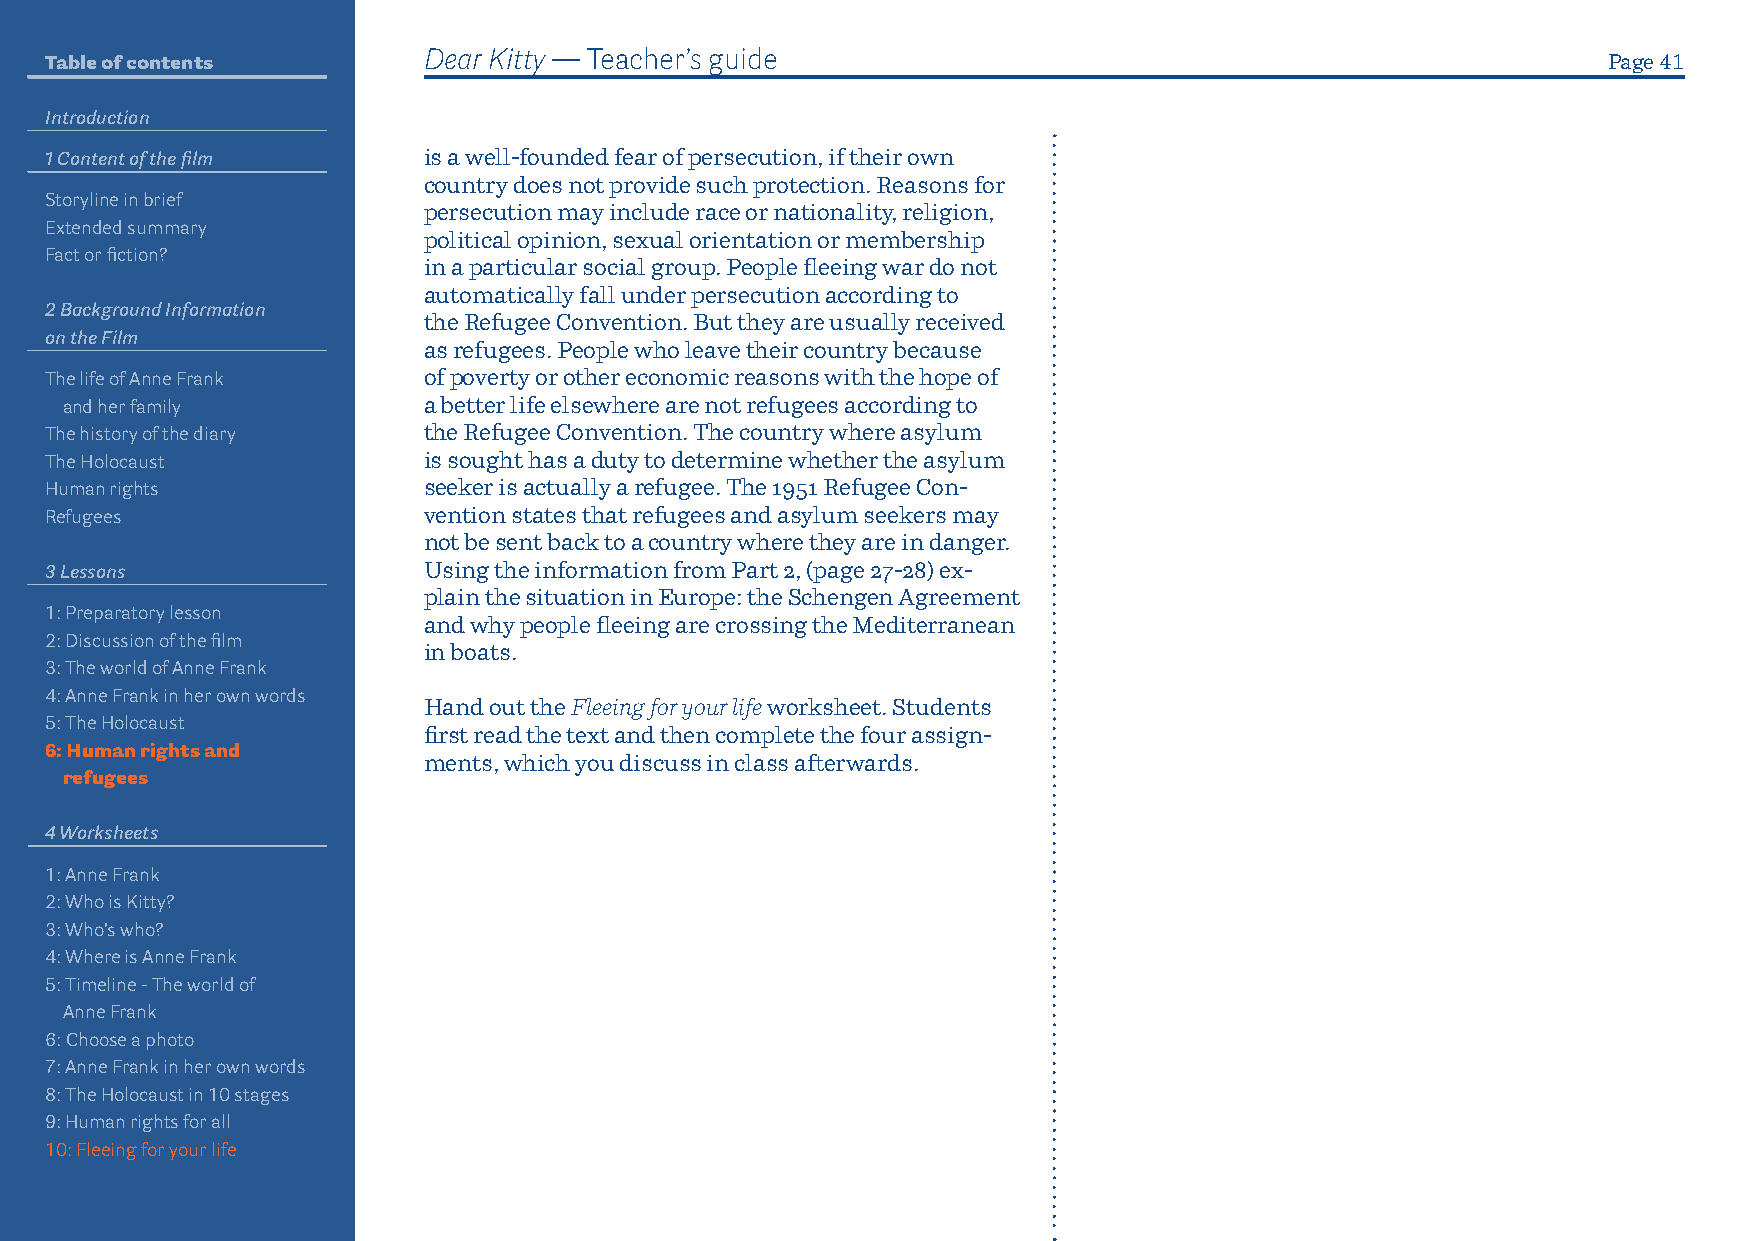
Table of contents        Dear Kitty — Teacher’s guide                                                  Page 41
 Introduction
 1 Content of the film    is a well-founded fear of persecution, if their own
 country does not provide such protection. Reasons for
 Storyline in brief
 persecution may include race or nationality, religion,
 Extended summary
 political opinion, sexual orientation or membership
 Fact or fiction?
 in a particular social group. People fleeing war do not
 automatically fall under persecution according to
 2 Background Information
 the Refugee Convention. But they are usually received
 on the Film
 as refugees. People who leave their country because
 The life of Anne Frank   of poverty or other economic reasons with the hope of
 and her family          a better life elsewhere are not refugees according to
 The history of the diary the Refugee Convention. The country where asylum
 The Holocaust            is sought has a duty to determine whether the asylum
 Human rights             seeker is actually a refugee. The 1951 Refugee Con-
 Refugees                 vention states that refugees and asylum seekers may
 not be sent back to a country where they are in danger.
 3 Lessons                Using the information from Part 2, (page 27-28) ex-
 plain the situation in Europe: the Schengen Agreement
 1: Preparatory lesson
 and why people fleeing are crossing the Mediterranean
 2: Discussion of the film
 in boats.
 3: The world of Anne Frank
 4: Anne Frank in her own words
 Hand out the Fleeing for your life worksheet. Students
 5: The Holocaust
 first read the text and then complete the four assign-
 6: Human rights and
 ments, which you discuss in class afterwards.
 refugees
 4 Worksheets
 1: Anne Frank
 2: Who is Kitty?
 3: Who’s who?
 4: Where is Anne Frank
 5: Timeline - The world of
 Anne Frank
 6: Choose a photo
 7: Anne Frank in her own words
 8: The Holocaust in 10 stages
 9: Human rights for all
 10: Fleeing for your life